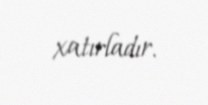
xatırladır.